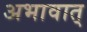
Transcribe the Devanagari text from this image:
अभावात्